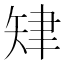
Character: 𦘗